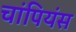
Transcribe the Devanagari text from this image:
चांपियंस